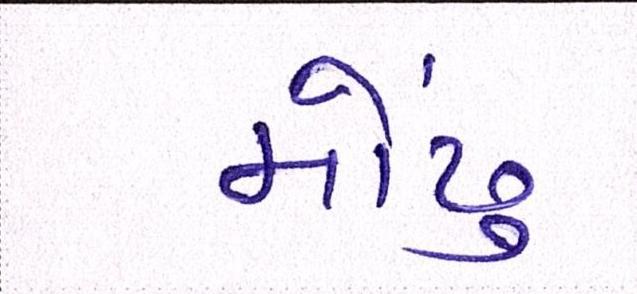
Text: મોઢું